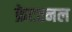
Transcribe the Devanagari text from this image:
फ्रेटरनल